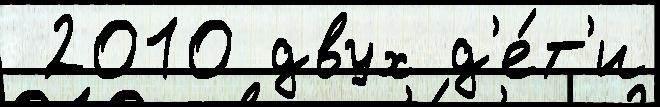
 2010 двух д'е́т'и